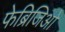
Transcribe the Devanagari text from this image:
फेब्रिजिओ